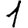
Digit: 1